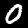
Digit: 0